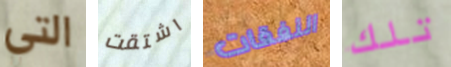
التي اشتقت النفقات تلك